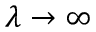
\lambda \rightarrow \infty